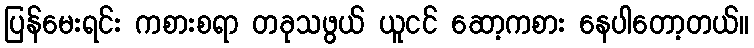
ပြန်မေးရင်း ကစားစရာ တခုသဖွယ် ယူငင် ဆော့ကစား နေပါတော့တယ်။